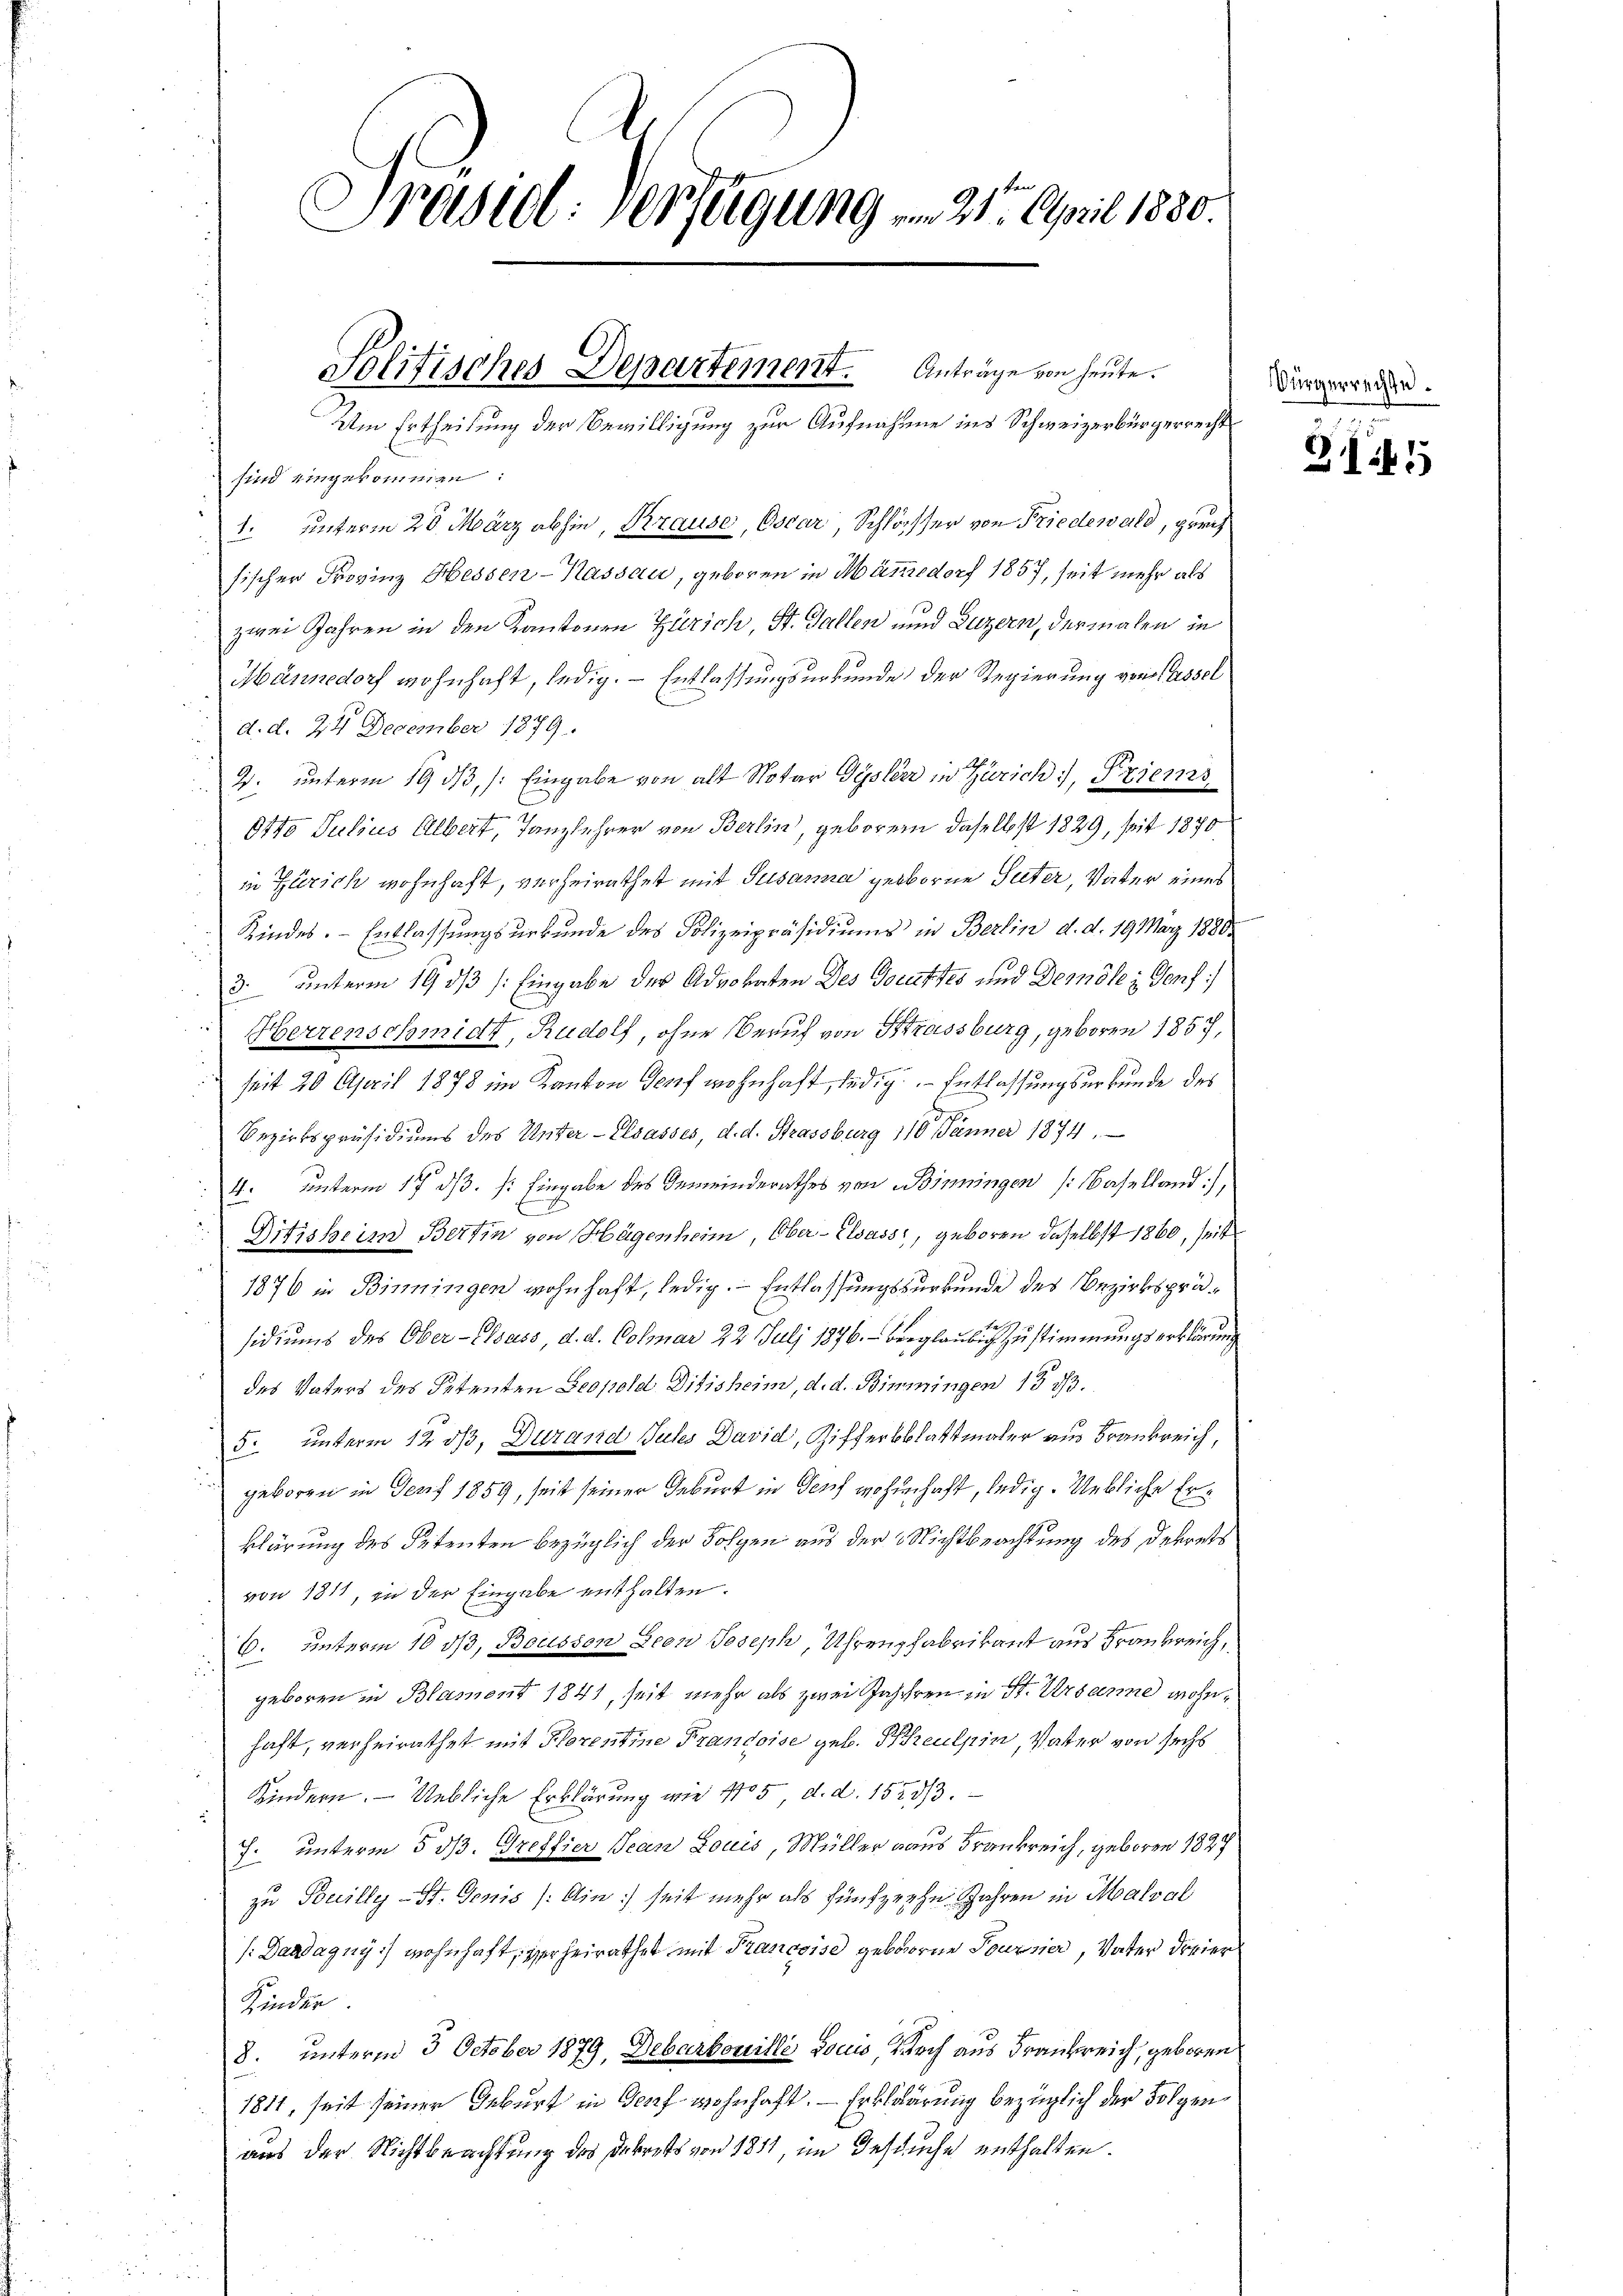
Präsiel. Verfügung . 21. April 1880

Politisches Departement. Anträge von heute.
Um Ertheilung der Bewilligung zur Aufnahme ins Schweizerbürgerrechts

sind eingekommen:
1. unterm 28. März abhin, Krause, Oscar Schlösser von Friedewald, prech
sischer Provinz Hessen-Kassau, geboren in Männedorf 1857, seit mehr als
zwei Jahren in den Kantonen Zürich, St. Gallen und Luzern, dermalen in
Männedorf wohnhaft, ledig. – Entlassungsurkunde der Regierung von lassel
d. d. 24 December 1879.
2
2. unterm 19. dβ, /: Eingabe von alt Notar Gysleer in Zürich, Priems
Otto Julius Albert, Tanzlehrer von Berlin, geboren daselbst 1829, seit 1870
in Zürich wohnhaft, verheirathet mit Susanna geborne Suter, Vater eines
Kindes. Entlassungsurkunde des Polizeipräsidiums in Berlin d. d. 19. März 1880
3. unterm 19 1/3 /: Eingabe des Advokaten Des Docutztes und Demok z. Genf
Herrenschmidt, Rudolf, ohne Beruf von Strassburg, geboren 1857,
seit 20 April 1878 im Kanton Genf wohnhaft, ledig! - Entlassungsurkunde des
x
Bezirkspräsidiums des Unter-Elsasses, d. d. Strassburg 110 Jänner 1874.
 unterm 17. dß. /: Eingabe des Gemeinderathes von Binningen (Baselland),
E
Ditisheim Bertin von Hagenheim, Ober-Elsass, geboren, daselbst 1860, seit
1876 in Binningen wohnhaft, ledig. Entlassungskurkunde des Bezirkspräsidiums des Ober-Elsass, d. d. Colmar 22. Juli 1876. Berglaubig zu stimmungserklärung
des Vaters des Petenten Leopold Ditisheim, d. d. Bimmingen 13 1/3.
5. unterm 12. ds. Durand Jules David, Zifferbblattmaler aus Frankreich,
geboren in Genf 1859, seit seiner Geburt in Genf wohnhaft, ledig. Uebliche Erklärung des Petenten bezüglich der Folgen aus der Nichtbeachtung des Dekrets
von 1811, in der Eingabe enthalten.
6. unterm 10 dß, Bousson Leon Joseph, Uhrenpfabrikant aus Frankreich,
geboren in Blament 1841, seit mehr als zwei Jahren in St. Ursanne wohnhaft, verheirathet mit Horentine Frandoise geb. Preulpin, Vater von sechs
Kindern. — Uebliche Erklärung wie 1705, d. d. 1523/3.
10
J. unterm 5. ds. Greffier Jean Louis, Müller aus Frankreich, geboren 1827
zu Builly -St. Genis (Ain:) seit mehr als fünfzehn Jahren in Malsal
/:Daadagny) wohnhaft, verheirathet mit Francoise geborene Tournier, Vater dreier
Kinder
8. unterm 3 October 1879, Debartonille Louis durch aus Frankreich, geboren
1811, seit seiner Geburt in Genf wohnhaft. — Erklärung bezüglich der Folgen
aus der Nichtbeachtung des Dekrets von 1851, im Gesuche enthalten.

Sürgerrechte.

Z145